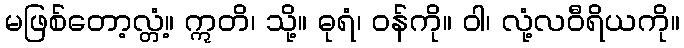
မဖြစ်တော့လ္တံ့။ ဣတိ၊ သို့။ ဓုရံ၊ ဝန်ကို။ ဝါ၊ လုံ့လဝီရိယကို။